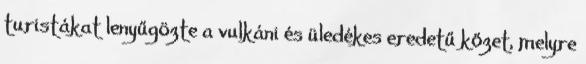
turistákat lenyűgözte a vulkáni és üledékes eredetű kőzet, melyre